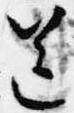
送